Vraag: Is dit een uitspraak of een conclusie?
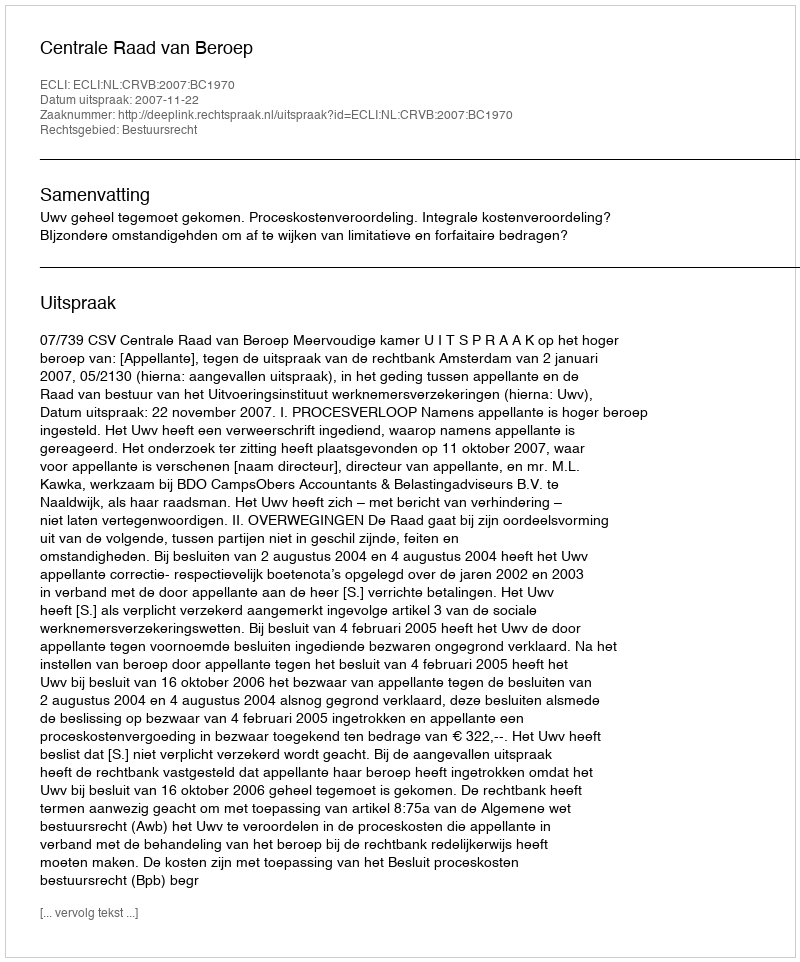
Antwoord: Uitspraak